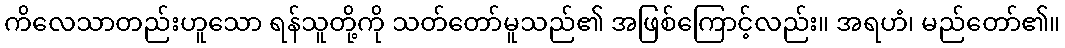
ကိလေသာတည်းဟူသော ရန်သူတို့ကို သတ်တော်မူသည်၏ အဖြစ်ကြောင့်လည်း။ အရဟံ၊ မည်တော်၏။